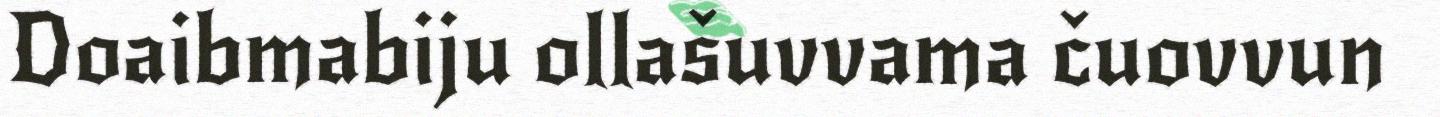
Doaibmabiju ollašuvvama čuovvun